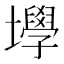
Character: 㙾